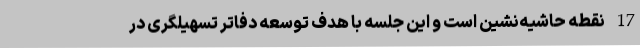
17 نقطه حاشیه‌نشین است و این جلسه با هدف توسعه دفاتر تسهیلگری در